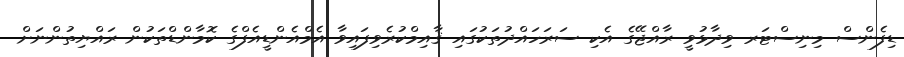
ޑިފެންސް މިނިސްޓަރ ވިދާޅުވީ ރާއްޖޭގެ އެކި ސަރަހައްދުތަކުގައި ޤާއިމްކުރެވިފައިވާ އެމްއެންޑީއެފްގެ ކޮމާންޑްތަކުން ރައްޔިތުންނަށް